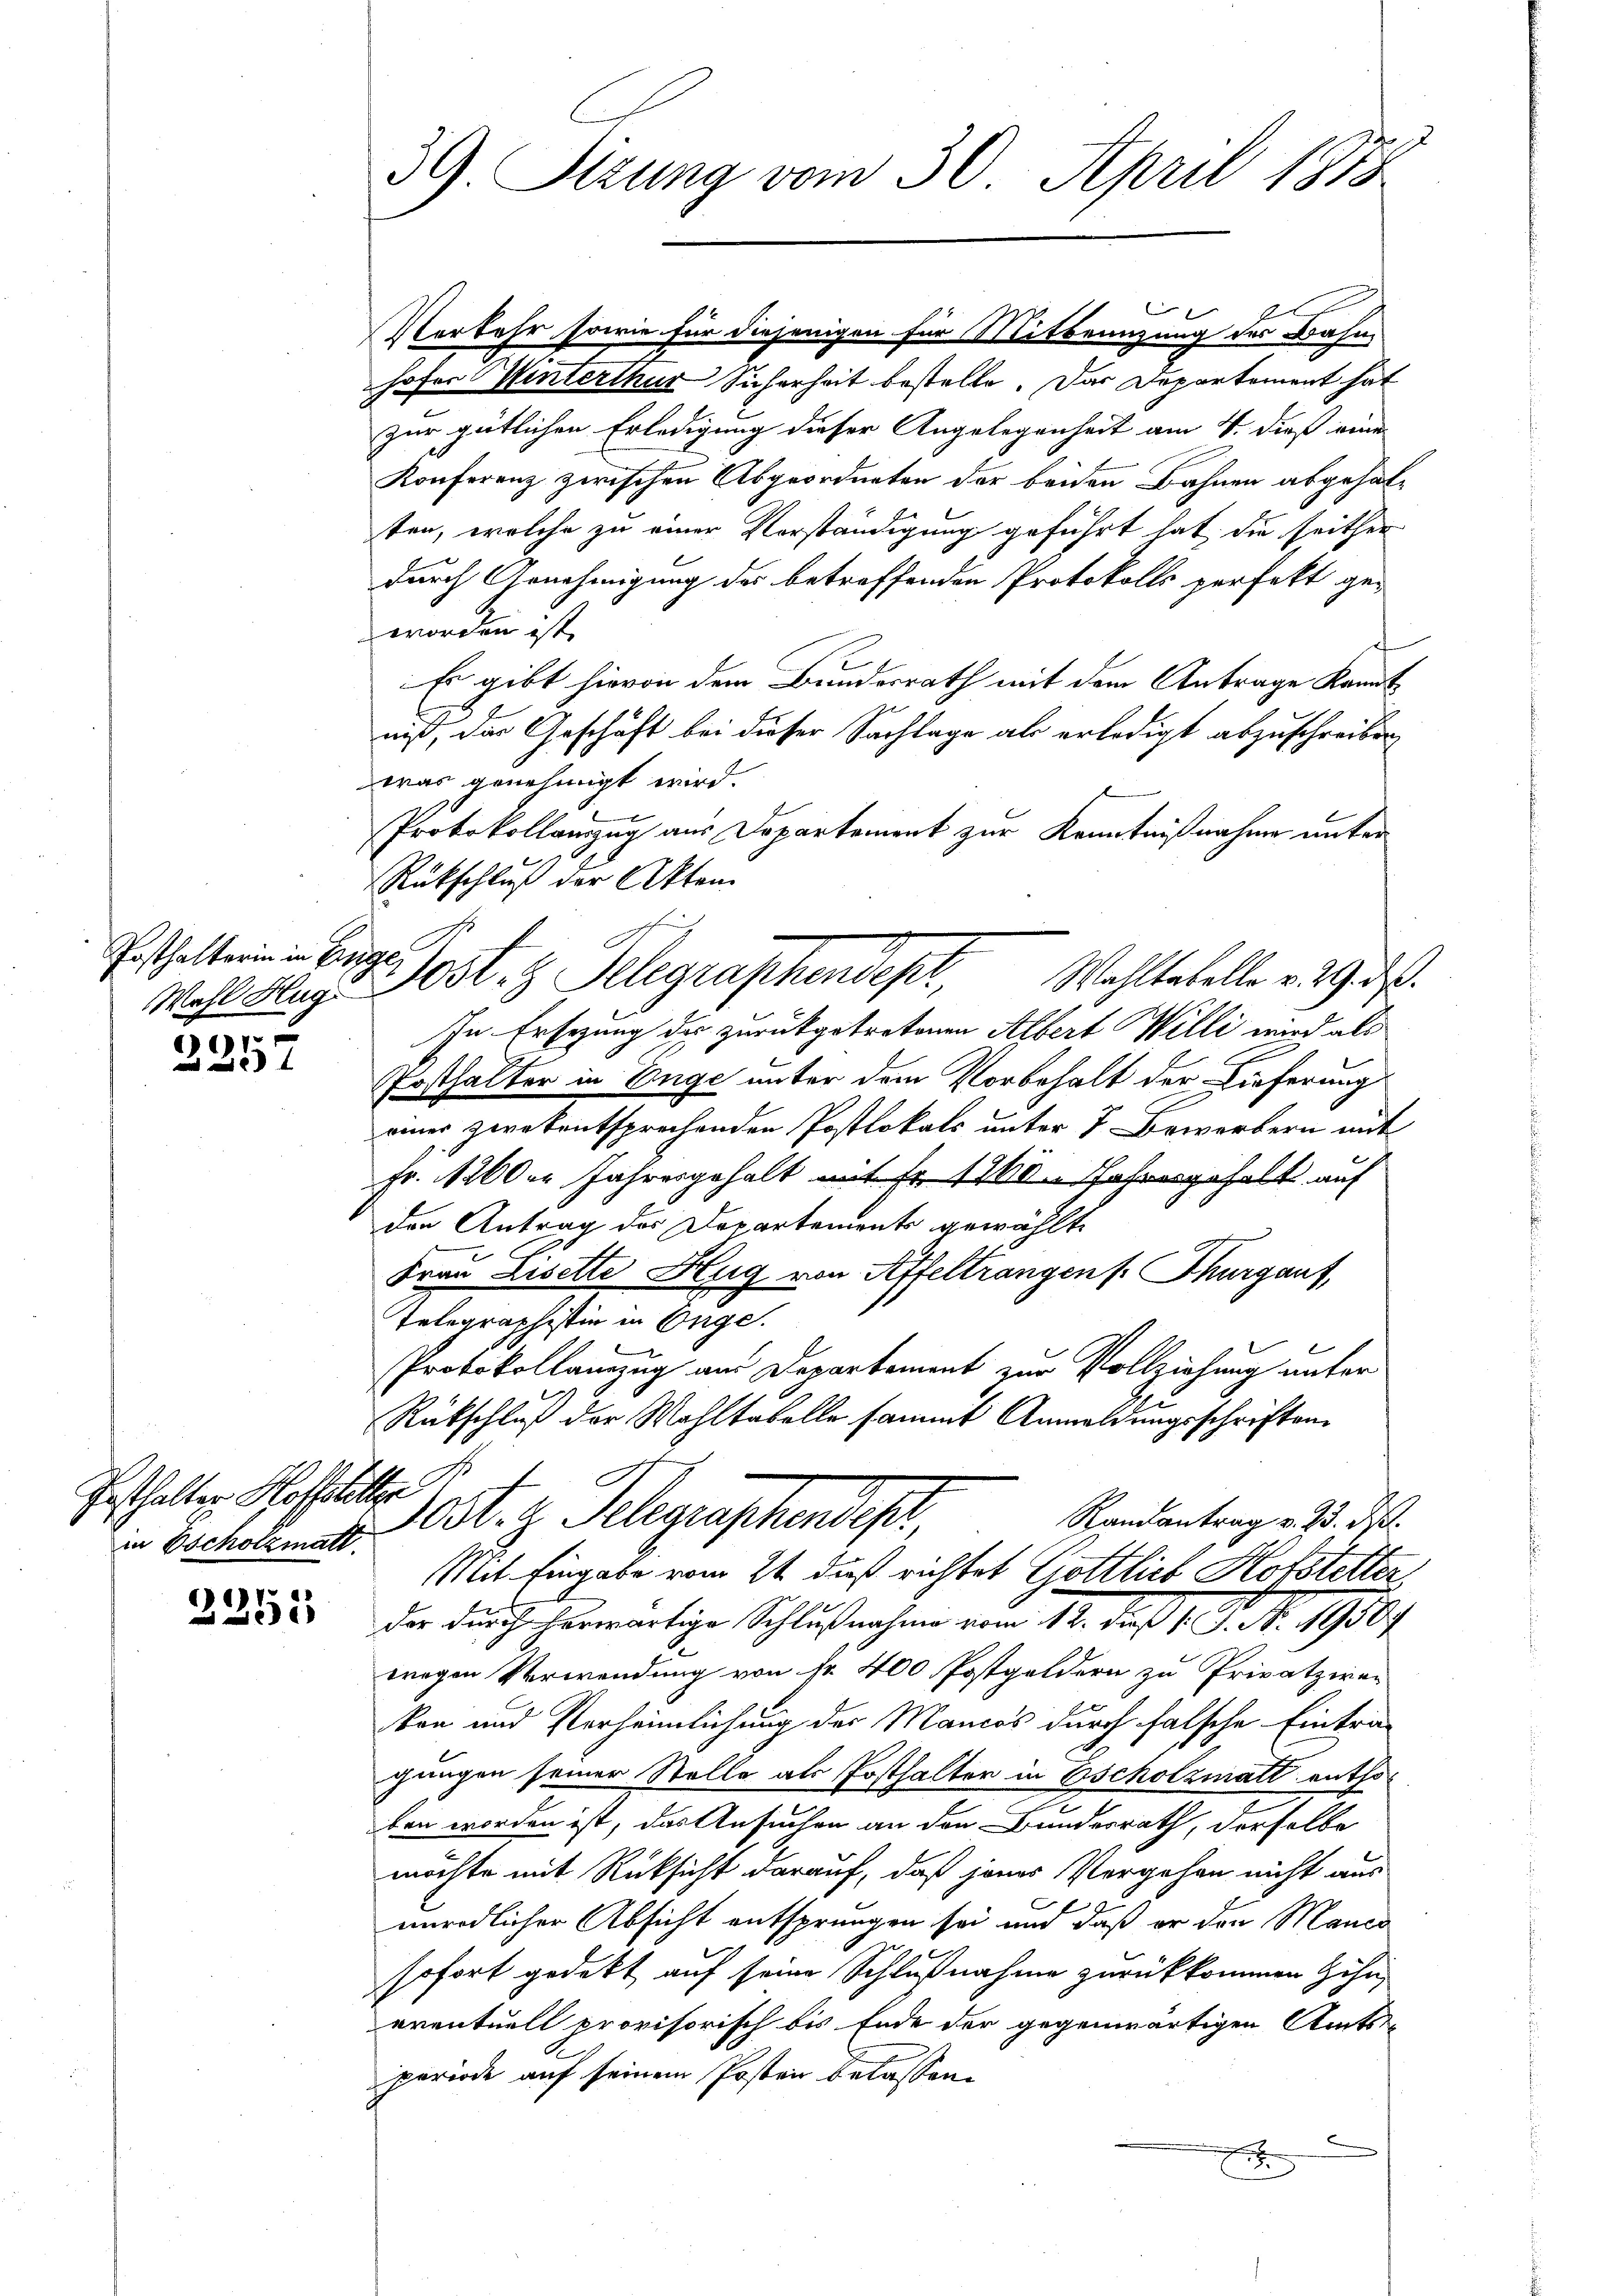
Posthalterin in Er

001

Festhalter Hoffelitten
in Escholzmatt.

).
15

39 Sizung vom 30. April 1878

Verkehr sowie für diejenigen für Mittengung des Bahn
hofer Winterthur Sicherheit bestelle. Das Departement hat
zur gütlichen Erledigung dieser Angelegenheit am 4. dieß eine
Konferenz zwischen Abgeordneten der beiden Bahnen abgehalten, welche zu einer Vorständigung geführt hat, die seither
durch Genehmigung des betreffenden Protokolls zerfekt ge-
worden ist.
Es gibt hievon dem Bundesrath mit dem Antrage kanntniß, das Geschäft bei dieser Sachlage als erledigt abzuschreiben
was genehmigt wird.
Protokollauszug aus Departement zur Kenntnißnahme unter
Rückschluß der Akten
Wahltabelle v. 29. ds.
Wahl Klage Post. H. Telegraphendepr
In Ersezung der zurückgetretenen Albert Willi wird als
Posthalter in Enge unter dem Vorbehalt der Lieferung
einer zwekentsprechenden Postlokals unter 7 Bewerbern mit
Fr. 11260er Jahresgehalt mit Fr. 1110. Jahresgehalt auf
den Antrag des Departements gewählte
Frau Liselte Hug von Affeltrangen s. Thurgauf,
Telegraphistin in Enge.
Protokollamzug aus Departement zur Vollziehung unter
Rückschluß der Wahltabelle sammt Anmeldungsschriften
est. z. Telegenschendes
Randantrag v. 23. ds.
Mit Eingabe vom 21. daß richtet Gottlich Hofstetter
der durch herwärtige Schlußnahme vom 12. daß 1. P. Nr. 1950.
wegen Verwendung von Nr. 400 Postgeldern zu Privatziren
kon und Verheimlichung der Mancos durch falsche Eintra-
gungen seiner Stelle als Posthalter in Escholzmatt enthoben worden ist, das Ansuchen an den Bundesrath, derselbe
möchte mit Rücksicht darauf, daß jener Vergehen nicht aus
unredlicher Absicht entsprungen sei und daß er den Manes
sofort gedekt auf seine Schlußnahme zurückkommen Höhe,
eventuell provisorisch bis Ende der gegenwärtigen Amts-
periode auf seinem Posten belassen.
E

ige